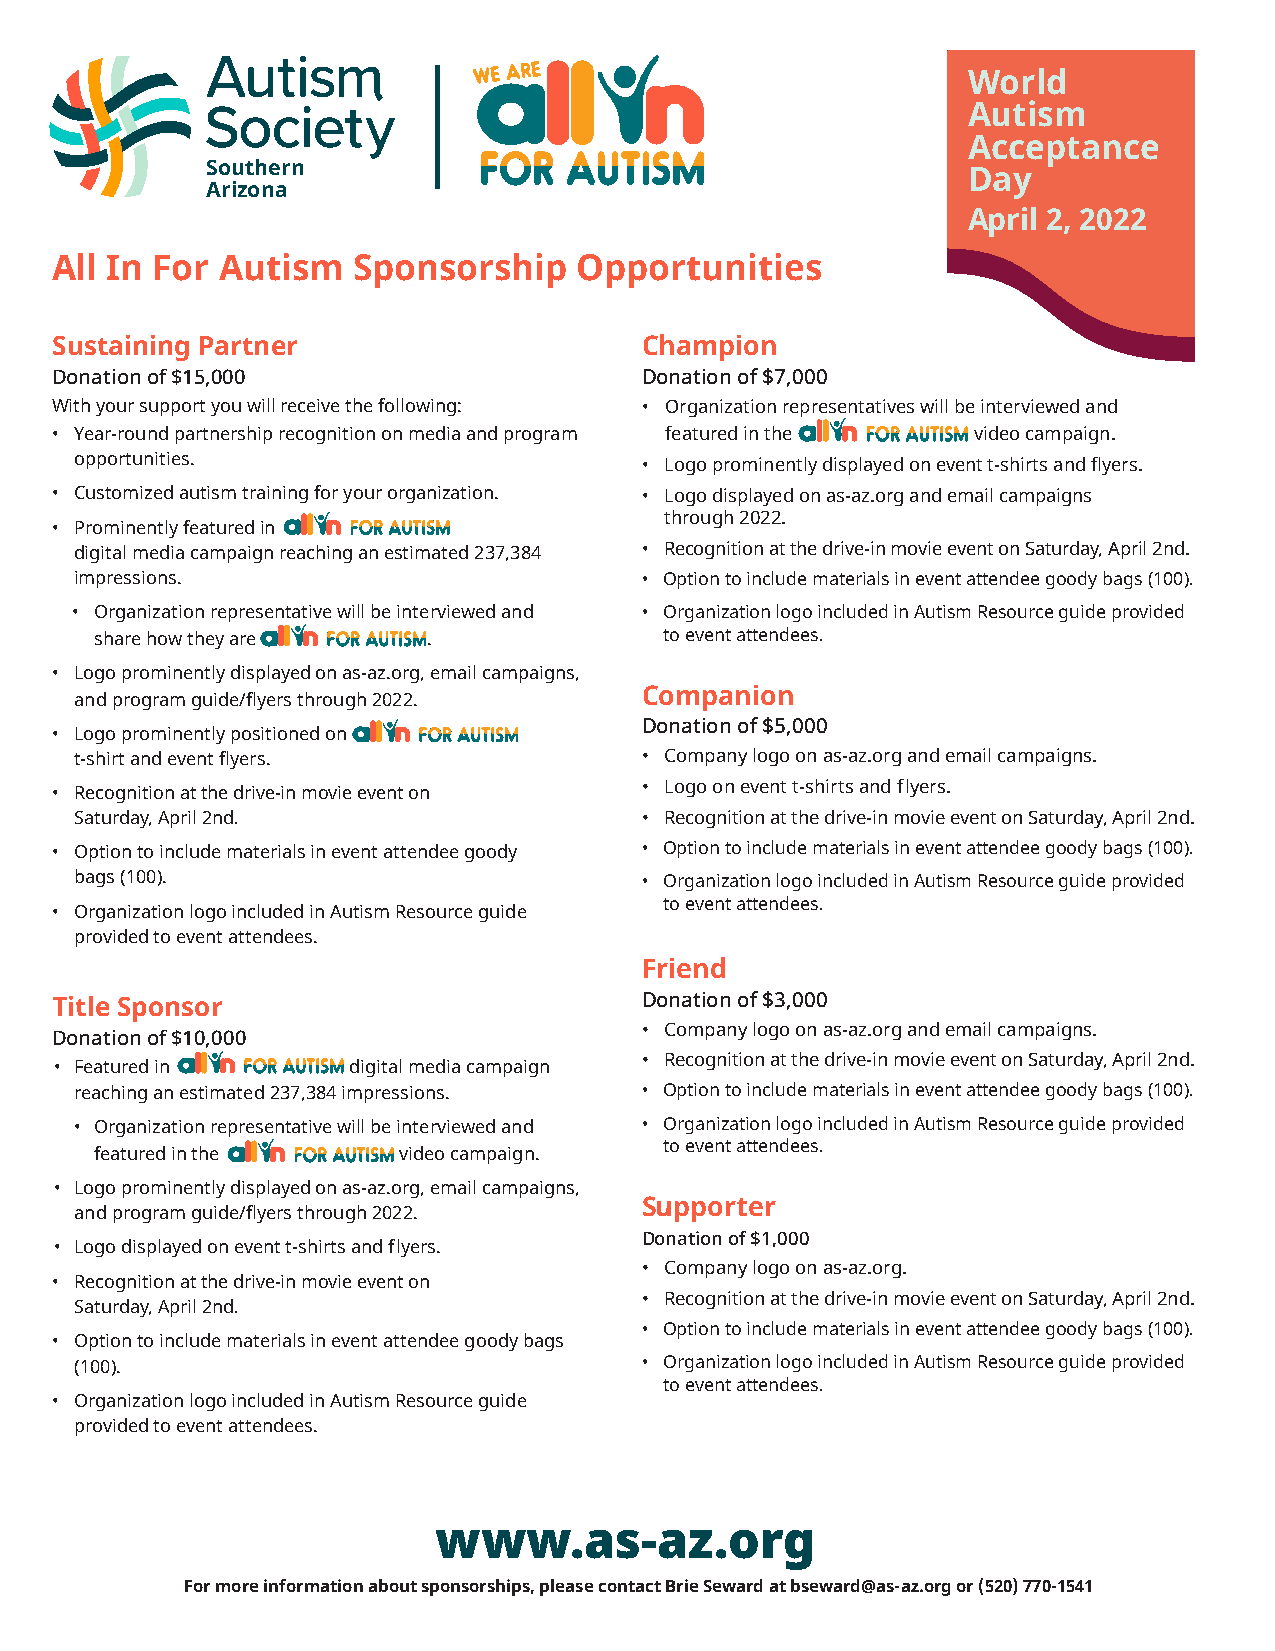
World
 Autism
 Acceptance
 Southern
 Day
 Arizona
 April 2, 2022
 All In For Autism   Sponsorship    Opportunities
 Sustaining Partner                     Champion
 Donation of $15,000                    Donation of $7,000
 With your support you will receive the following: • Organization representatives will be interviewed and
 • Year-round partnership recognition on media and program featured in the video campaign.
 opportunities.                       • Logo prominently displayed on event t-shirts and flyers.
 • Customized autism training for your organization. • Logo displayed on as-az.org and email campaigns
 through 2022.
 • Prominently featured in
 digital media campaign reaching an estimated 237,384 • Recognition at the drive-in movie event on Saturday, April 2nd.
 impressions.                         • Option to include materials in event attendee goody bags (100).
 • Organization representative will be interviewed and • Organization logo included in Autism Resource guide provided
 share how they are    .               to event attendees.
 • Logo prominently displayed on as-az.org, email campaigns,
 and program guide/flyers through 2022. Companion
 Donation of $5,000
 • Logo prominently positioned on
 t-shirt and event flyers.            • Company logo on as-az.org and email campaigns.
 • Recognition at the drive-in movie event on • Logo on event t-shirts and f lyers.
 Saturday, April 2nd.                 • Recognition at the drive-in movie event on Saturday, April 2nd.
 • Option to include materials in event attendee goody • Option to include materials in event attendee goody bags (100).
 bags (100).                          • Organization logo included in Autism Resource guide provided
 to event attendees.
 • Organization logo included in Autism Resource guide
 provided to event attendees.
 Friend
 Donation of $3,000
 Title Sponsor
 • Company logo on as-az.org and email campaigns.
 Donation of $10,000
 • Recognition at the drive-in movie event on Saturday, April 2nd.
 • Featured in      digital media campaign
 reaching an estimated 237,384 impressions. • Option to include materials in event attendee goody bags (100).
 • Organization representative will be interviewed and • Organization logo included in Autism Resource guide provided
 to event attendees.
 featured in the     video campaign.
 • Logo prominently displayed on as-az.org, email campaigns,
 Supporter
 and program guide/flyers through 2022.
 Donation of $1,000
 • Logo displayed on event t-shirts and f lyers.
 • Company logo on as-az.org.
 • Recognition at the drive-in movie event on
 • Recognition at the drive-in movie event on Saturday, April 2nd.
 Saturday, April 2nd.
 • Option to include materials in event attendee goody bags (100).
 • Option to include materials in event attendee goody bags
 (100).                               • Organization logo included in Autism Resource guide provided
 to event attendees.
 • Organization logo included in Autism Resource guide
 provided to event attendees.
 www.as-az.org
 For more information about sponsorships, please contact Brie Seward at bseward@as-az.org or (520) 770-1541